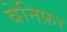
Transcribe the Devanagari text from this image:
बेनिफ़र